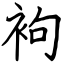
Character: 袧